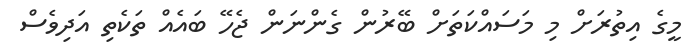
މީގެ އިތުރަށް މި މަސައްކަތަށް ބޭރުން ގެންނަން ޖެހޭ ބައެއް ތަކެތި އަދިވެސް